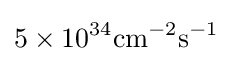
\mathrm {5\times 10^{34}cm^{-2}s^{-1}}